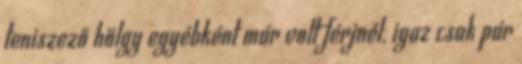
teniszező hölgy egyébként már volt férjnél, igaz csak pár